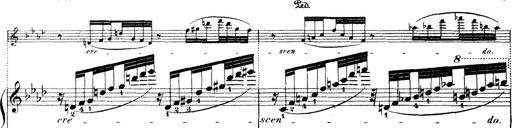
Title: Wagner-Liszt Album
Composer: Franz Liszt